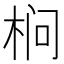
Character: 㭣